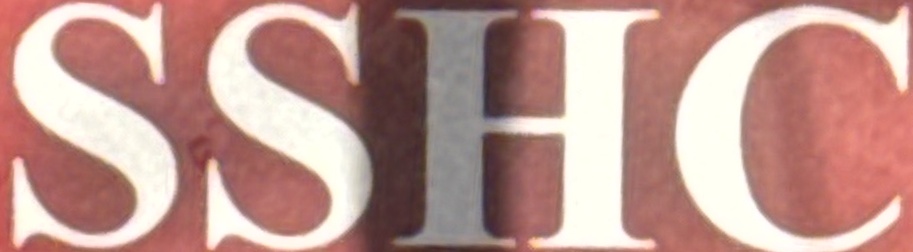
SSHC